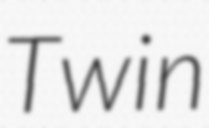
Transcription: Twin